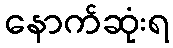
နောက်ဆုံးရ